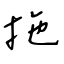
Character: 拖